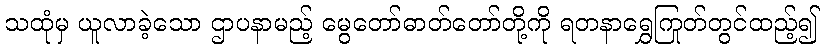
သထုံမှ ယူလာခဲ့သော ဌာပနာမည့် မွေတော်ဓာတ်တော်တို့ကို ရတနာရွှေကြုတ်တွင်ထည့်၍